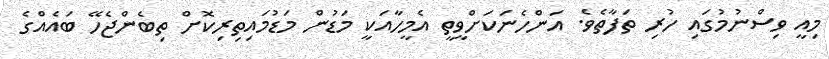
މިއީ ވިސްނުމުގައި ހުރި ތަފާތެވެ. އަންހެނަކަށްވީތީ އެމީހާއަކީ މަޑުން މަޑުމައިތިރިކޮށް ތިބެންޖެހޭ ބައެއްގެ